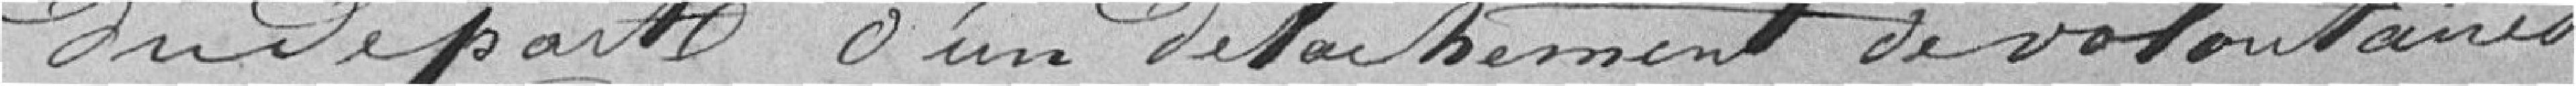
du départ d'un détachement de volontaires